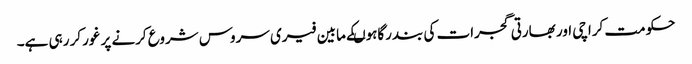
حکومت کراچی اور بھارتی گجرات کی بندرگاہوںکے مابین فیری سروس شروع کرنے پر غورکر رہی ہے۔